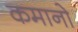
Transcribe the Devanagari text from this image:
कमानो